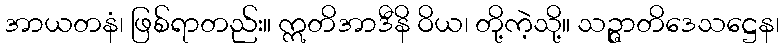
အာယတနံ၊ ဖြစ်ရာတည်း။ ဣတိအာဒီနိ ဝိယ၊ တို့ကဲ့သို့။ သဉ္ဇာတိဒေသဋ္ဌေန၊